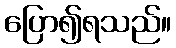
ပြော၍ရသည်။